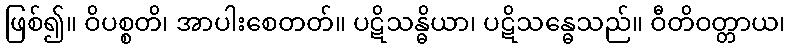
ဖြစ်၍။ ဝိပစ္စတိ၊ အာပါးစေတတ်။ ပဋိသန္ဓိယာ၊ ပဋိသန္ဓေသည်။ ဝီတိဝတ္တာယ၊